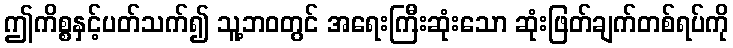
ဤကိစ္စနှင့်ပတ်သက်၍ သူ့ဘဝတွင် အရေးကြီးဆုံးသော ဆုံးဖြတ်ချက်တစ်ရပ်ကို